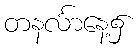
တနင်္လာနေ့၌